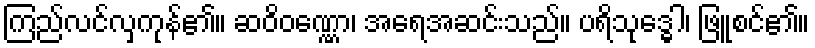
ကြည်လင်လှကုန်၏။ ဆဝိဝဏ္ဏော၊ အရေအဆင်းသည်။ ပရိသုဒ္ဓေါ၊ ဖြူစင်၏။